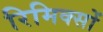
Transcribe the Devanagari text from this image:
रिमिक्सों